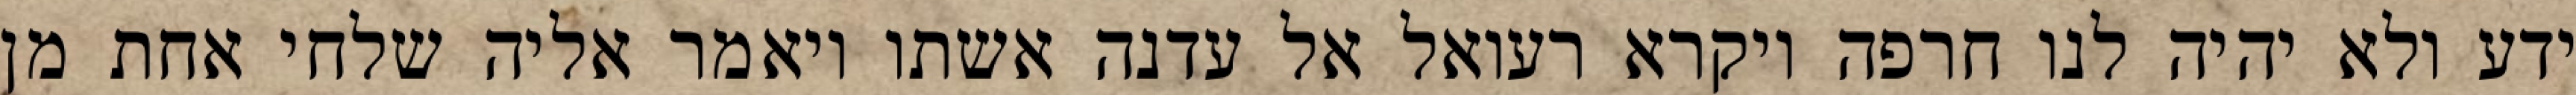
ידע ולא יהיה לנו חרפה ויקרא רעואל אל עדנה אשתו ויאמר אליה שלחי אחת מן